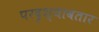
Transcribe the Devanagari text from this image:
परदृश्यावतार